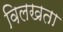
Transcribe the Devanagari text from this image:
विलखता